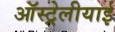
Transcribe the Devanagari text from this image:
ऑस्ट्रेलीयाई